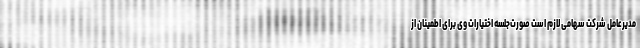
مدیرعامل شرکت سهامی لازم است صورت‌جلسه اختیارات وی برای اطمینان از